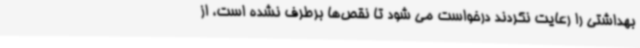
بهداشتی را رعایت نکردند درخواست می شود تا نقص‌ها برطرف نشده است، از